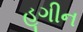
હૂગીન